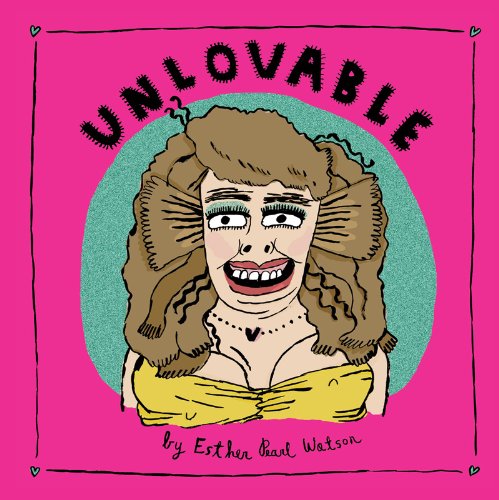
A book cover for Unlovable Vol. 1 (Vol. 1)  (Unloveable); Esther Pearl Watson; Comics & Graphic Novels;